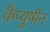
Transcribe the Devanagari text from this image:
कैप्युषीन